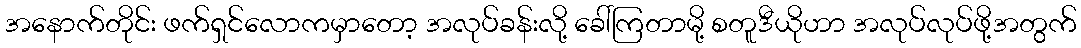
အနောက်တိုင်း ဖက်ရှင်လောကမှာတော့ အလုပ်ခန်းလို့ ခေါ်ကြတာမို့ စတူဒီယိုဟာ အလုပ်လုပ်ဖို့အတွက်